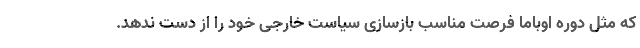
که مثل دوره اوباما فرصت مناسب بازسازی سیاست خارجی خود را از دست ندهد.